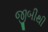
જીબીથી